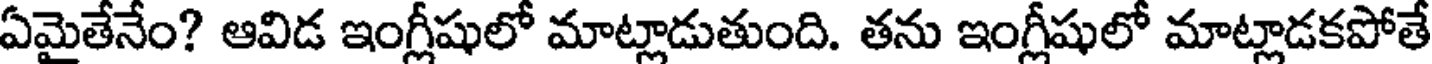
ఏమైతేనేం? ఆవిడ ఇంగ్లీషులో మాట్లాడుతుంది. తను ఇంగ్లీషులో మాట్లాడకపోతే